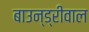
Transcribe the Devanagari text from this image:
बाउन्ड्रीवाल